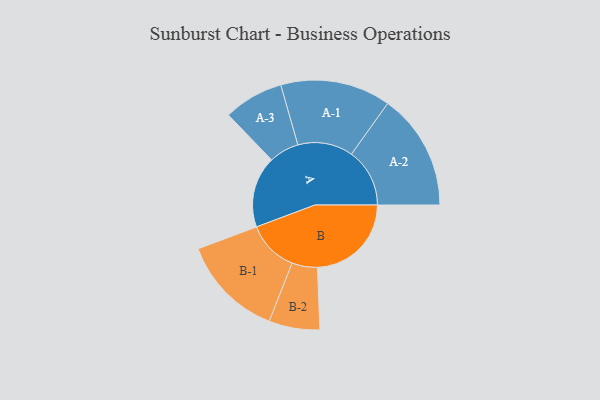
{"axis": {"x": "Segment", "y": "Value"}, "legend": ["", "A", "B"], "data": [{"x": "A", "y": 300, "type": ""}, {"x": "B", "y": 395, "type": ""}, {"x": "A-1", "y": 232, "type": "A"}, {"x": "A-2", "y": 245, "type": "A"}, {"x": "A-3", "y": 126, "type": "A"}, {"x": "B-1", "y": 216, "type": "B"}, {"x": "B-2", "y": 107, "type": "B"}]}